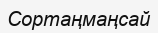
Сортаңмаңсай